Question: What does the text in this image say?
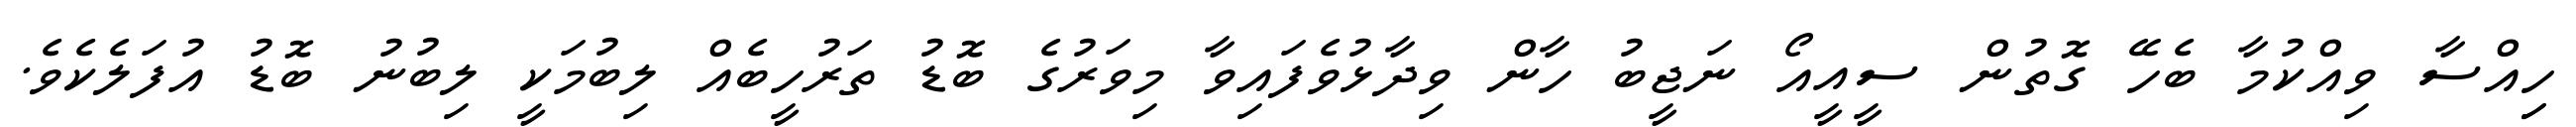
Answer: ހިިއްސާ ވިއްކުމާ ބެހޭ ގޮތުން ސީއީއޯ ނަޖީބު ހާން ވިދާޅުވެފައިވާ މިވަރުގެ ބޮޑު ތަރުހީބެއް ލިބުމަކީ ލިބުނު ބޮޑު އުފަލެކެވެ.